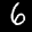
Label: 6